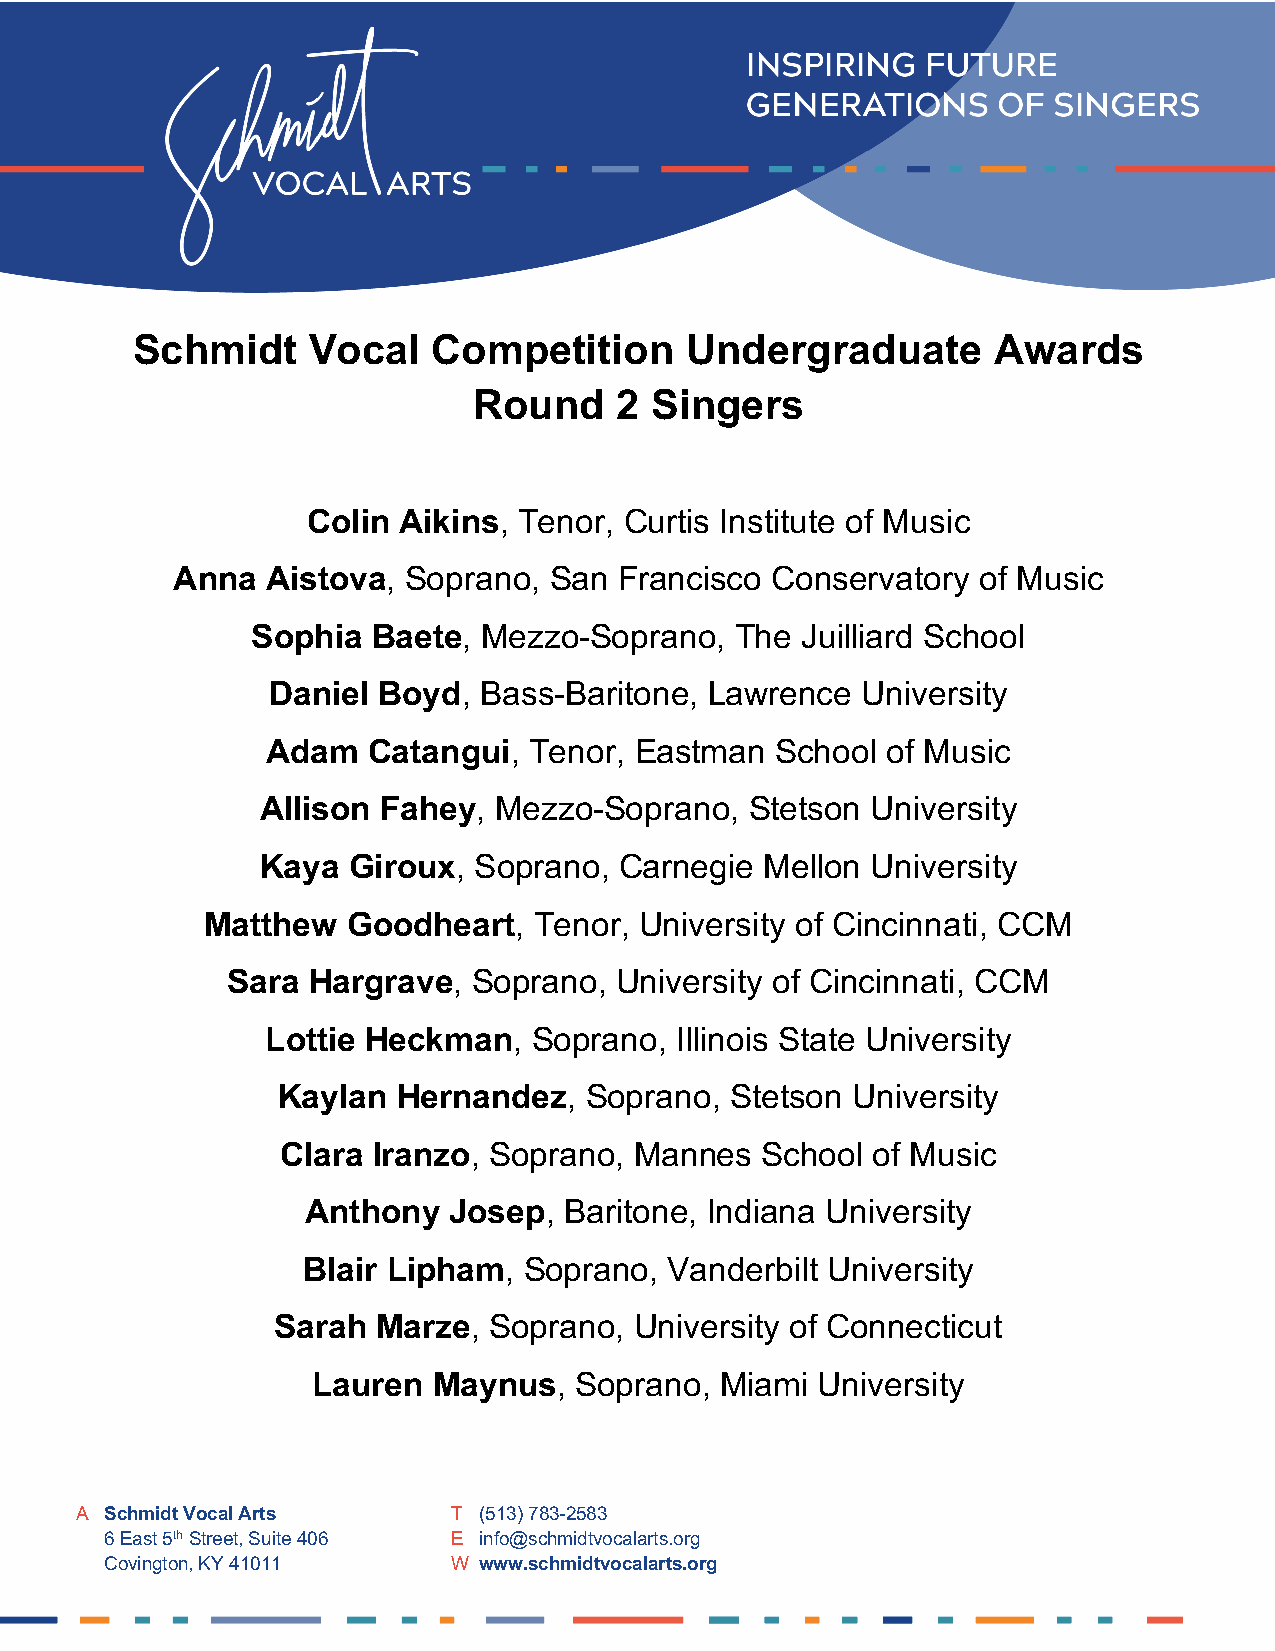
Schmidt    Vocal    Competition     Undergraduate        Awards
 Round     2 Singers
 Colin Aikins, Tenor, Curtis Institute of Music
 Anna   Aistova, Soprano, San  Francisco Conservatory  of Music
 Sophia  Baete, Mezzo-Soprano,   The Juilliard School
 Daniel Boyd,  Bass-Baritone, Lawrence  University
 Adam  Catangui,  Tenor, Eastman  School  of Music
 Allison Fahey,  Mezzo-Soprano,   Stetson University
 Kaya  Giroux, Soprano,  Carnegie  Mellon University
 Matthew  Goodheart,  Tenor, University of Cincinnati, CCM
 Sara Hargrave,  Soprano,  University of Cincinnati, CCM
 Lottie Heckman,  Soprano,  Illinois State University
 Kaylan  Hernandez,   Soprano, Stetson University
 Clara Iranzo, Soprano, Mannes  School  of Music
 Anthony   Josep, Baritone, Indiana University
 Blair Lipham,  Soprano, Vanderbilt University
 Sarah  Marze, Soprano,  University of Connecticut
 Lauren  Maynus,  Soprano,  Miami University
 A Schmidt Vocal Arts     T (513) 783-2583
 6 East 5th Street, Suite 406 E info@schmidtvocalarts.org
 Covington, KY 41011    W www.schmidtvocalarts.org